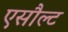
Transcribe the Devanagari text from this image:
एसौल्ट